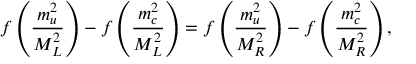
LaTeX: f \left( \frac { m _ { u } ^ { 2 } } { M _ { L } ^ { 2 } } \right) - f \left( \frac { m _ { c } ^ { 2 } } { M _ { L } ^ { 2 } } \right) = f \left( \frac { m _ { u } ^ { 2 } } { M _ { R } ^ { 2 } } \right) - f \left( \frac { m _ { c } ^ { 2 } } { M _ { R } ^ { 2 } } \right) ,